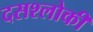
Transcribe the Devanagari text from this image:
दसश्लोकी